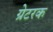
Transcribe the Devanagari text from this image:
ग्रेटरक